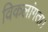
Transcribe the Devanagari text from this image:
विकलांगता।